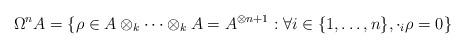
LaTeX: \begin{align*}\Omega ^nA = \{ \rho \in A \otimes_k \cdots \otimes_kA = A ^{\otimes n+1} : \forall i \in \{1, \ldots ,n\}, \cdot_i \rho = 0\}\end{align*}